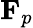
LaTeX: \textbf{F}_{p}